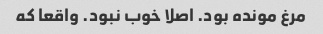
مرغ مونده بود. اصلا خوب نبود. واقعا که